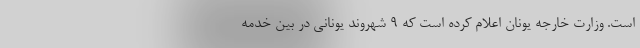
است. وزارت خارجه یونان اعلام کرده است که ۹ شهروند یونانی در بین خدمه